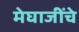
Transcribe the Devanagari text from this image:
मेघाजींचे